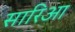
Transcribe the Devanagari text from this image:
सारिआ